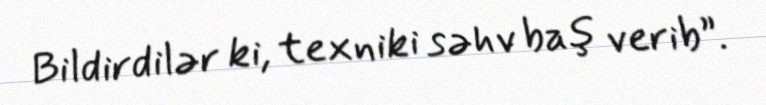
Bildirdilər ki, texniki səhv baş verib”.